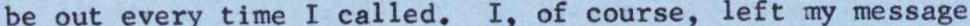
be out every time I called. I, of course, left my message